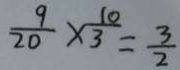
\frac { 9 } { 2 0 } \times \frac { 1 0 } { 3 } = \frac { 3 } { 2 }